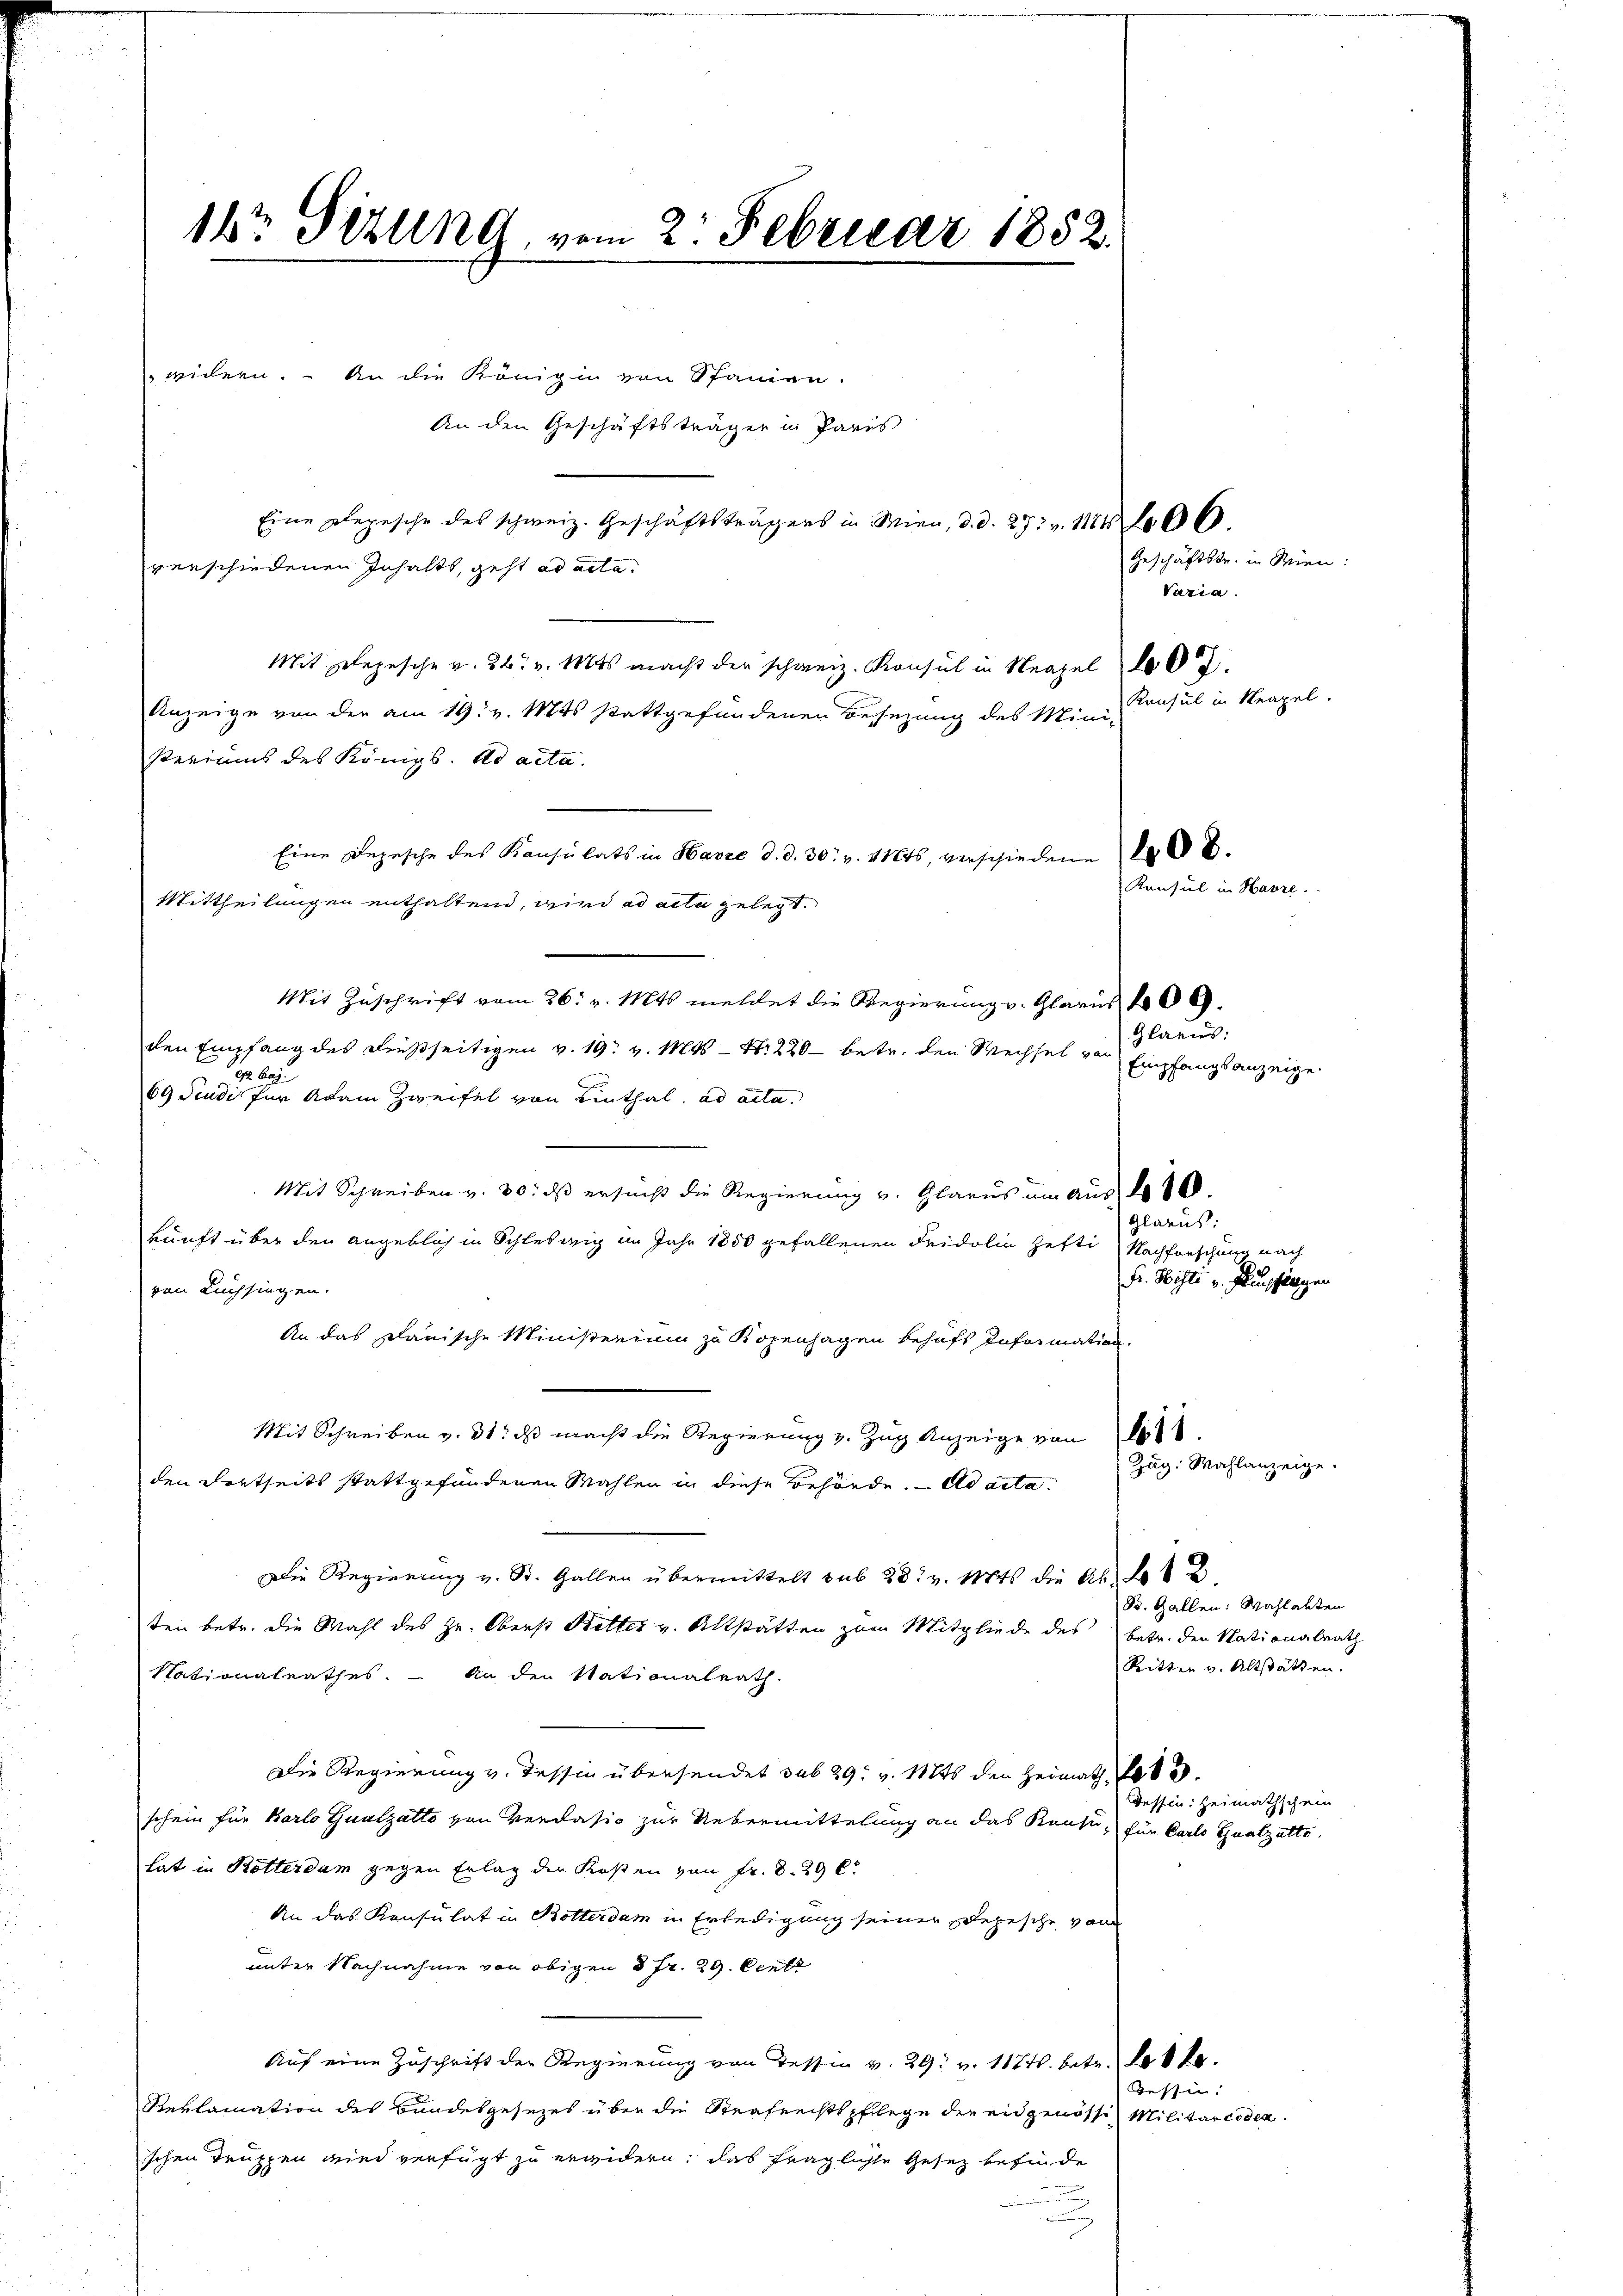
1r Sizung vom 2. Februar 1852.

widern. An die Königin von Spanien.
An den Geschäftsträger in Pares
Eine Depesche des schweiz. Geschäftsträgers in Wien, d. d. 27. v. 11406.
verschiedenen Inhalte, geht ad acta
Mit depesche v. 26. v. Mts. macht der schweiz. Konsul in Neapel 100.
Anzeige von der am 19. v. Mts stattgefundenen Besezung des Mini-
steriums des Königl. ad acta.
Eine Depesche des Konsulats in Havre d. d. 30. v. 11845, verschiedene
Mittheilungen enthaltend, wird ad acta gelegt.
Mit Zuschrift vom 26. v. Mts. meldet die Regierung v. Glarus 100.
den Empfang des dießseitigen v. 19. v. Mts. S. 220 betr. den Wechsel von Glarus,
92 Baj.
69 Studi für Adam Zweifel von Linthal. ad acta.
Mit Schreiben v. 30. ds ersucht die Regierung v. Glarus um Aus de
kunft über den angeblich in Schleswig im Jahr 1850 gefallenen Fridolin hefti Nachforschung nach
von Lüchsingen.
An das planische Ministerium zu Kopenhagen behufs Information.
Mit Schreiben v. 31. ds macht die Regierung v. Zug Anzeige von 1614
den Vortheils stattgefundenen Wahlen in diese Behörde. - Ad acta. Zug. Wahlanzeige.
Die Regierung v. St. Gallen übermittelt sub 28. v. Mts. die Ab. Lot
ten betr. die Wahl des Hr. Oberst Better v. Altstätten zum Mitgliede des betr. den Nationalrath
Nationalrathes. An den Nationalrath.
Die Regierung v. Tessin übersendet sub 29. v. Mts den Heimath
schein für Karlo Gualzatto von Verdasio zur Uebermittelung an das Kanti, für Carlo Gualzatte.
lat in Rötterdam gegen Erlag der Kosten von Fr. 8. 29 l.
An das Konsulat in Botterdam in Erledigung seiner Pepische von
unter Nachnahme von obigen 3 Fr. 29. Centr
Auf eine Zuschrift der Regierung von Tessin v. 29. v. 1174. betr. Lette.
Reklamation des Bundesgesezes über die Strafrechtspflege der eidgenösse Militarcoden.
schen Truppen wird verfügt zu erwidern, das fragliche Gesetz befinde
u

Geschäftstr. in Wien:
Varia.
Konsul in Neapel.

Konsul in Havre.

Empfangsanzeige.

Glarus:
Fr. Histi v. Auflagen

S. Gallen: Wahlabten
Ritter v. Altstätten.

Tessin: Heimathschein

Tessin: